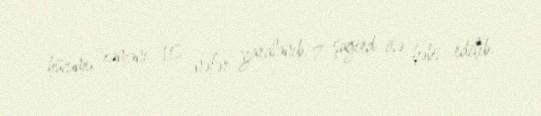
hücumu zamanı 10 nəfər yaralanıb, 7 şagird isə həbs edilib.